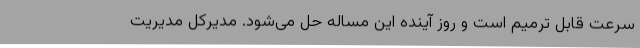
سرعت قابل ترمیم است و روز آینده این مساله حل می‌شود. مدیرکل مدیریت